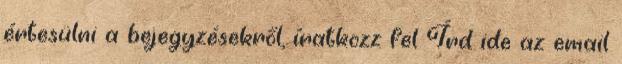
értesülni a bejegyzésekről, íratkozz fel Írd ide az email